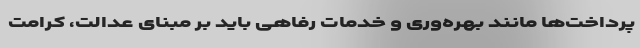
پرداخت‌ها مانند بهره‌وری و خدمات رفاهی باید بر مبنای عدالت، کرامت